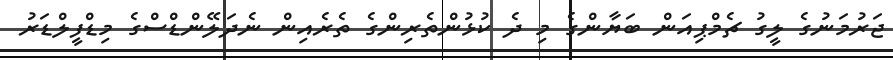
ޖަރުމަނުގެ ލީގު ޗެމްޕިއަން ބަޔާންގެ މި ދެ ކުޅުންތެރިންގެ ތެރެއިން ނެދަލޭންޑްސްގެ މިޑްފީލްޑަރު